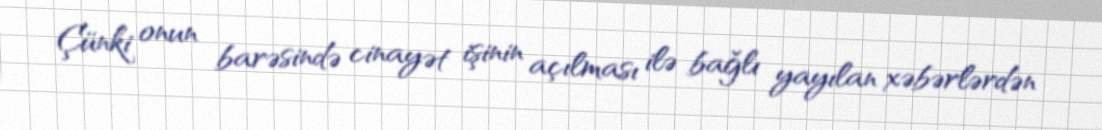
Çünki onun barəsində cinayət işinin açılması ilə bağlı yayılan xəbərlərdən